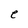
Character: e